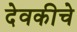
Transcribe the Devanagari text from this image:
देवकीचे